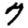
Digit: 7